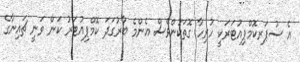
އެ ސުޕަރކޮމްޕިއުޓަރަކީ ހުރިހާ ގޮތަކުންވެސް އެންމެ ބާރުގަދަ ކޮމްޕިއުޓަރު ކަން ވަނީ ޗައިނާގެ